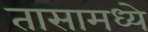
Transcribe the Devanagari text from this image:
तासामध्ये